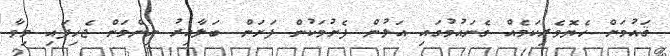
ޤައުމަށް ހެޔޮވެރިކަމެއް ގެނައުމުގައި އަލުން ފެށުމަކުން ފަށަން ބަލާއިރު ނިންމަން ޖެހިފައި މިވާ